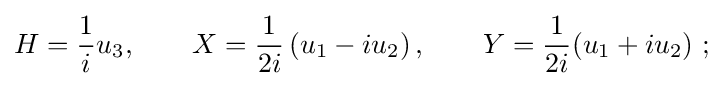
H={\frac {1}{i}}u_{3},\qquad X={\frac {1}{2i}}\left(u_{1}-iu_{2}\right),\qquad Y={\frac {1}{2i}}(u_{1}+iu_{2})~;